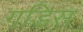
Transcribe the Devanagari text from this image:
गडिस